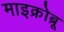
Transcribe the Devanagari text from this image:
माइक्रोब्रू